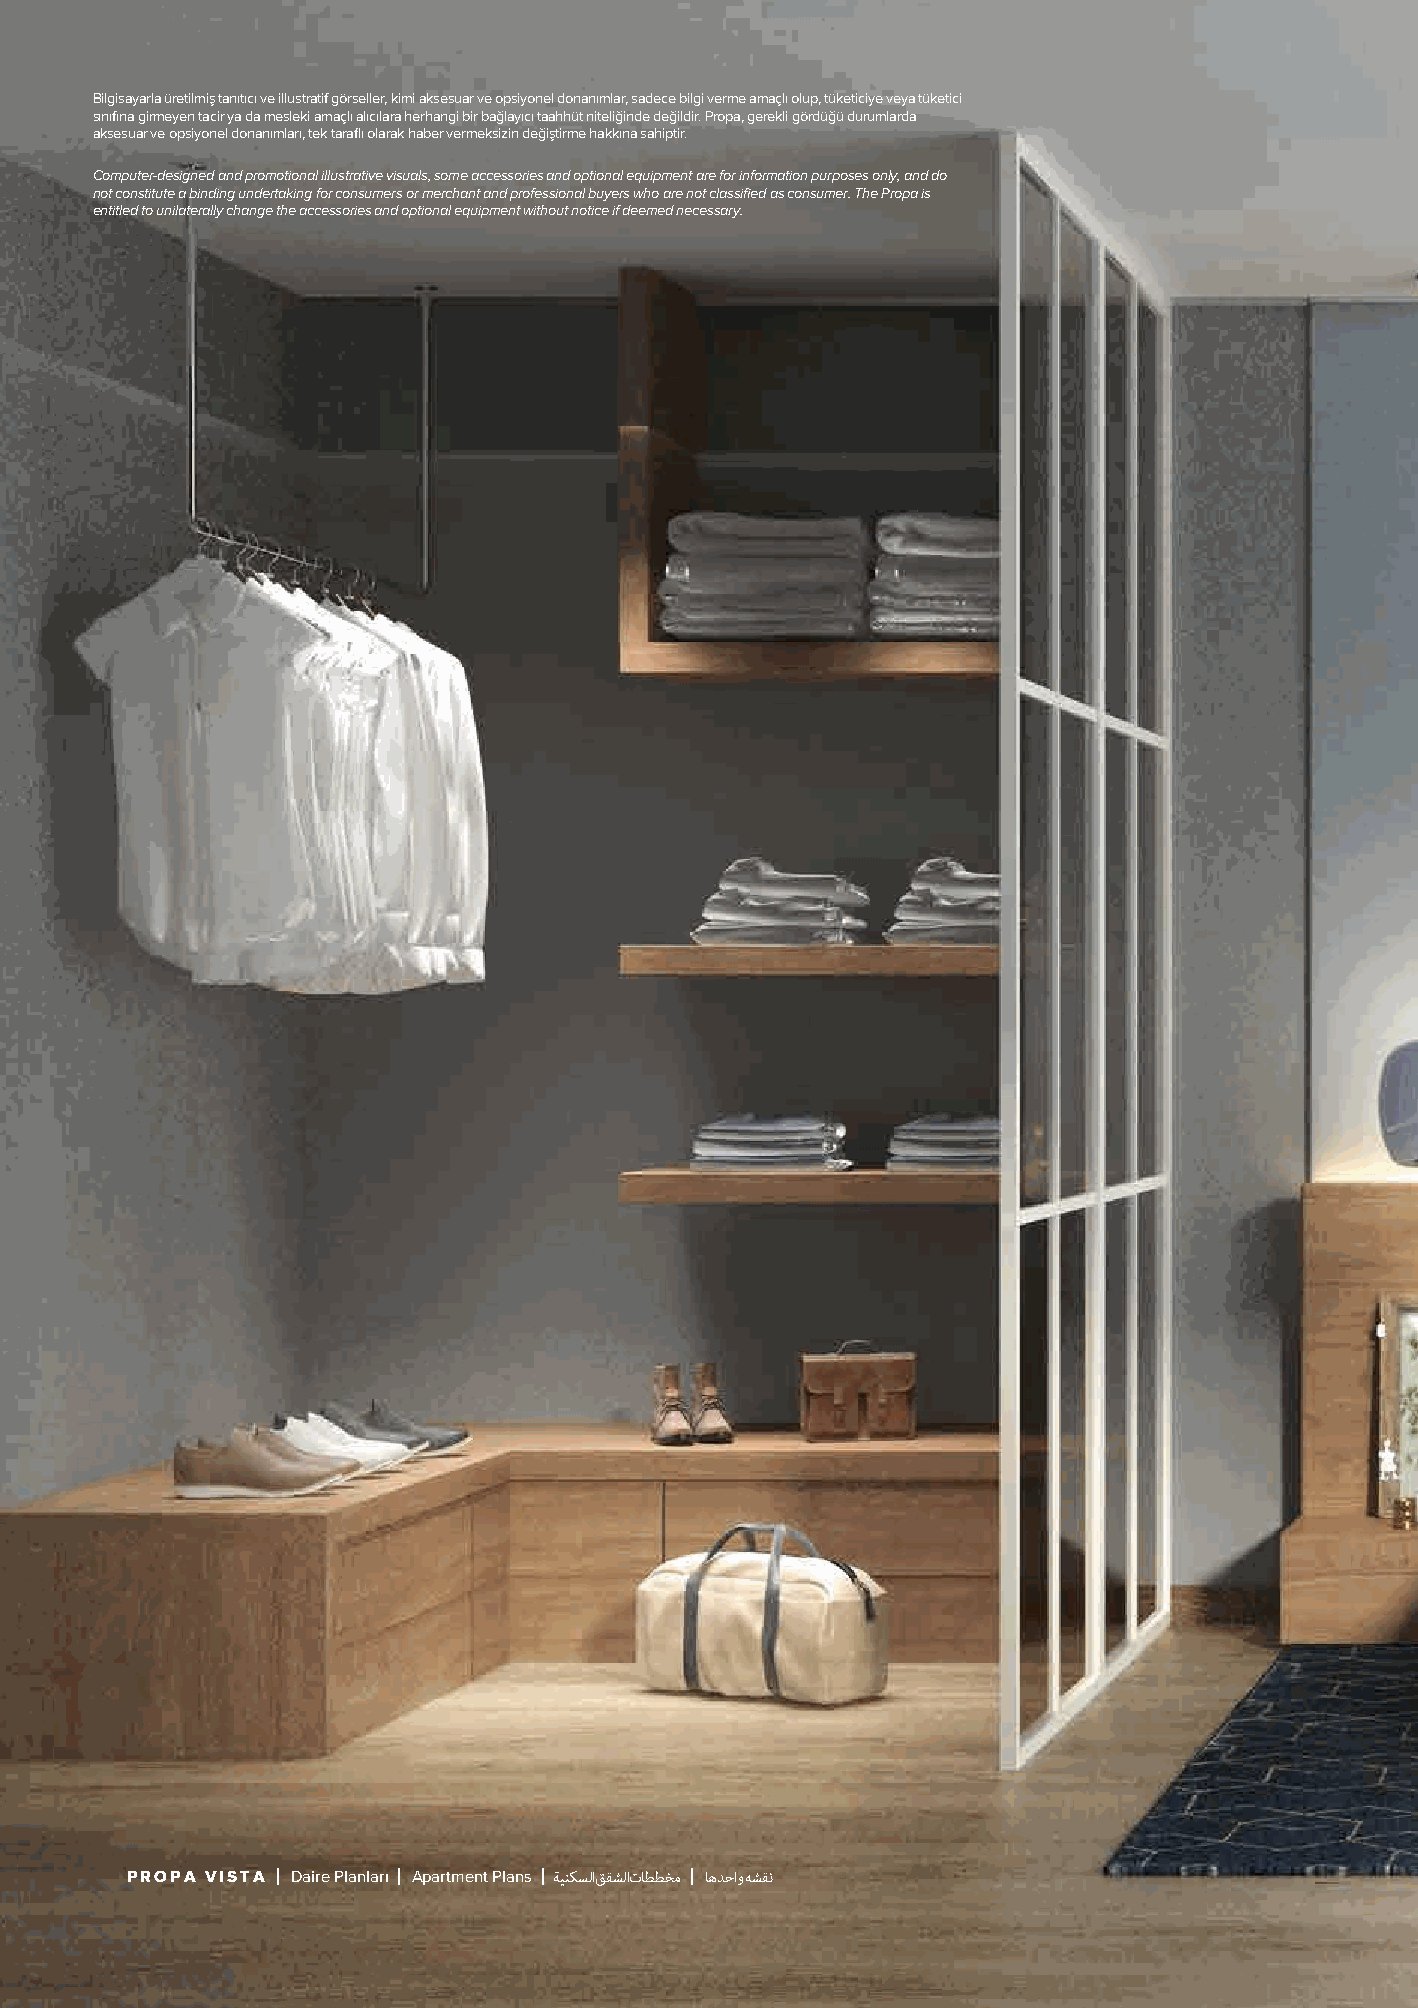
Bilgisayarla üretilmiş tanıtıcı ve illustratif görseller, kimi aksesuar ve opsiyonel donanımlar, sadece bilgi verme amaçlı olup, tüketiciye veya tüketici
 sınıfına girmeyen tacir ya da mesleki amaçlı alıcılara herhangi bir bağlayıcı taahhüt niteliğinde değildir. Propa, gerekli gördüğü durumlarda
 aksesuar ve opsiyonel donanımları, tek taraflı olarak haber vermeksizin değiştirme hakkına sahiptir.
 Computer-designed and promotional illustrative visuals, some accessories and optional equipment are for information purposes only, and do
 not constitute a binding undertaking for consumers or merchant and professional buyers who are not classified as consumer. The Propa is
 entitled to unilaterally change the accessories and optional equipment without notice if deemed necessary.
 PROPA VISTA Daire Planları Apartment Plans ﺔﻴﻨﻜﺴﻟ اﻖﻘﺸﻟ اتﺎﻄﻄﺨﻣ ﺎﻫﺪﺣاو ﻪﺸﻘﻧ